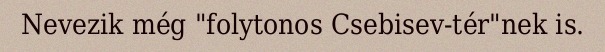
Nevezik még "folytonos Csebisev-tér"nek is.